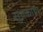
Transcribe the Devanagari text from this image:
सुचकाया